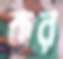
কর